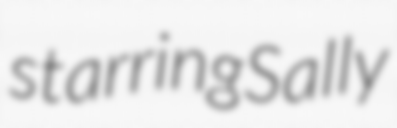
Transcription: starring Sally